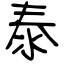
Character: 泰